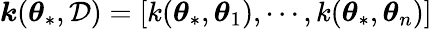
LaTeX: \boldsymbol{k}(\boldsymbol{\theta}_{*},\mathcal{D})=[k(\boldsymbol{\theta}_{*},\boldsymbol{\theta}_{1}),\cdots,k(\boldsymbol{\theta}_{*},\boldsymbol{\theta}_{n})]